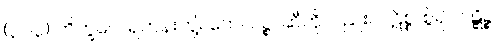
(၃၁၃) ဘိက္ခဝေ၊ ရဟန်းတို့။ တေလဉ္စ၊ ဆီကိုလည်း။ ပဋိစ္စ၊ စွဲ၍။ ဝဋ္ဋိဉ္စ၊